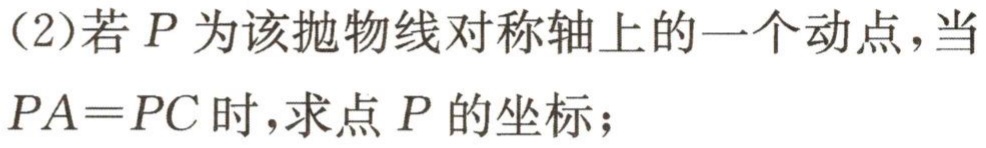
(2)若\(P\)为该抛物线对称轴上的一个动点，当\(PA = PC\)时，求点\(P\)的坐标；